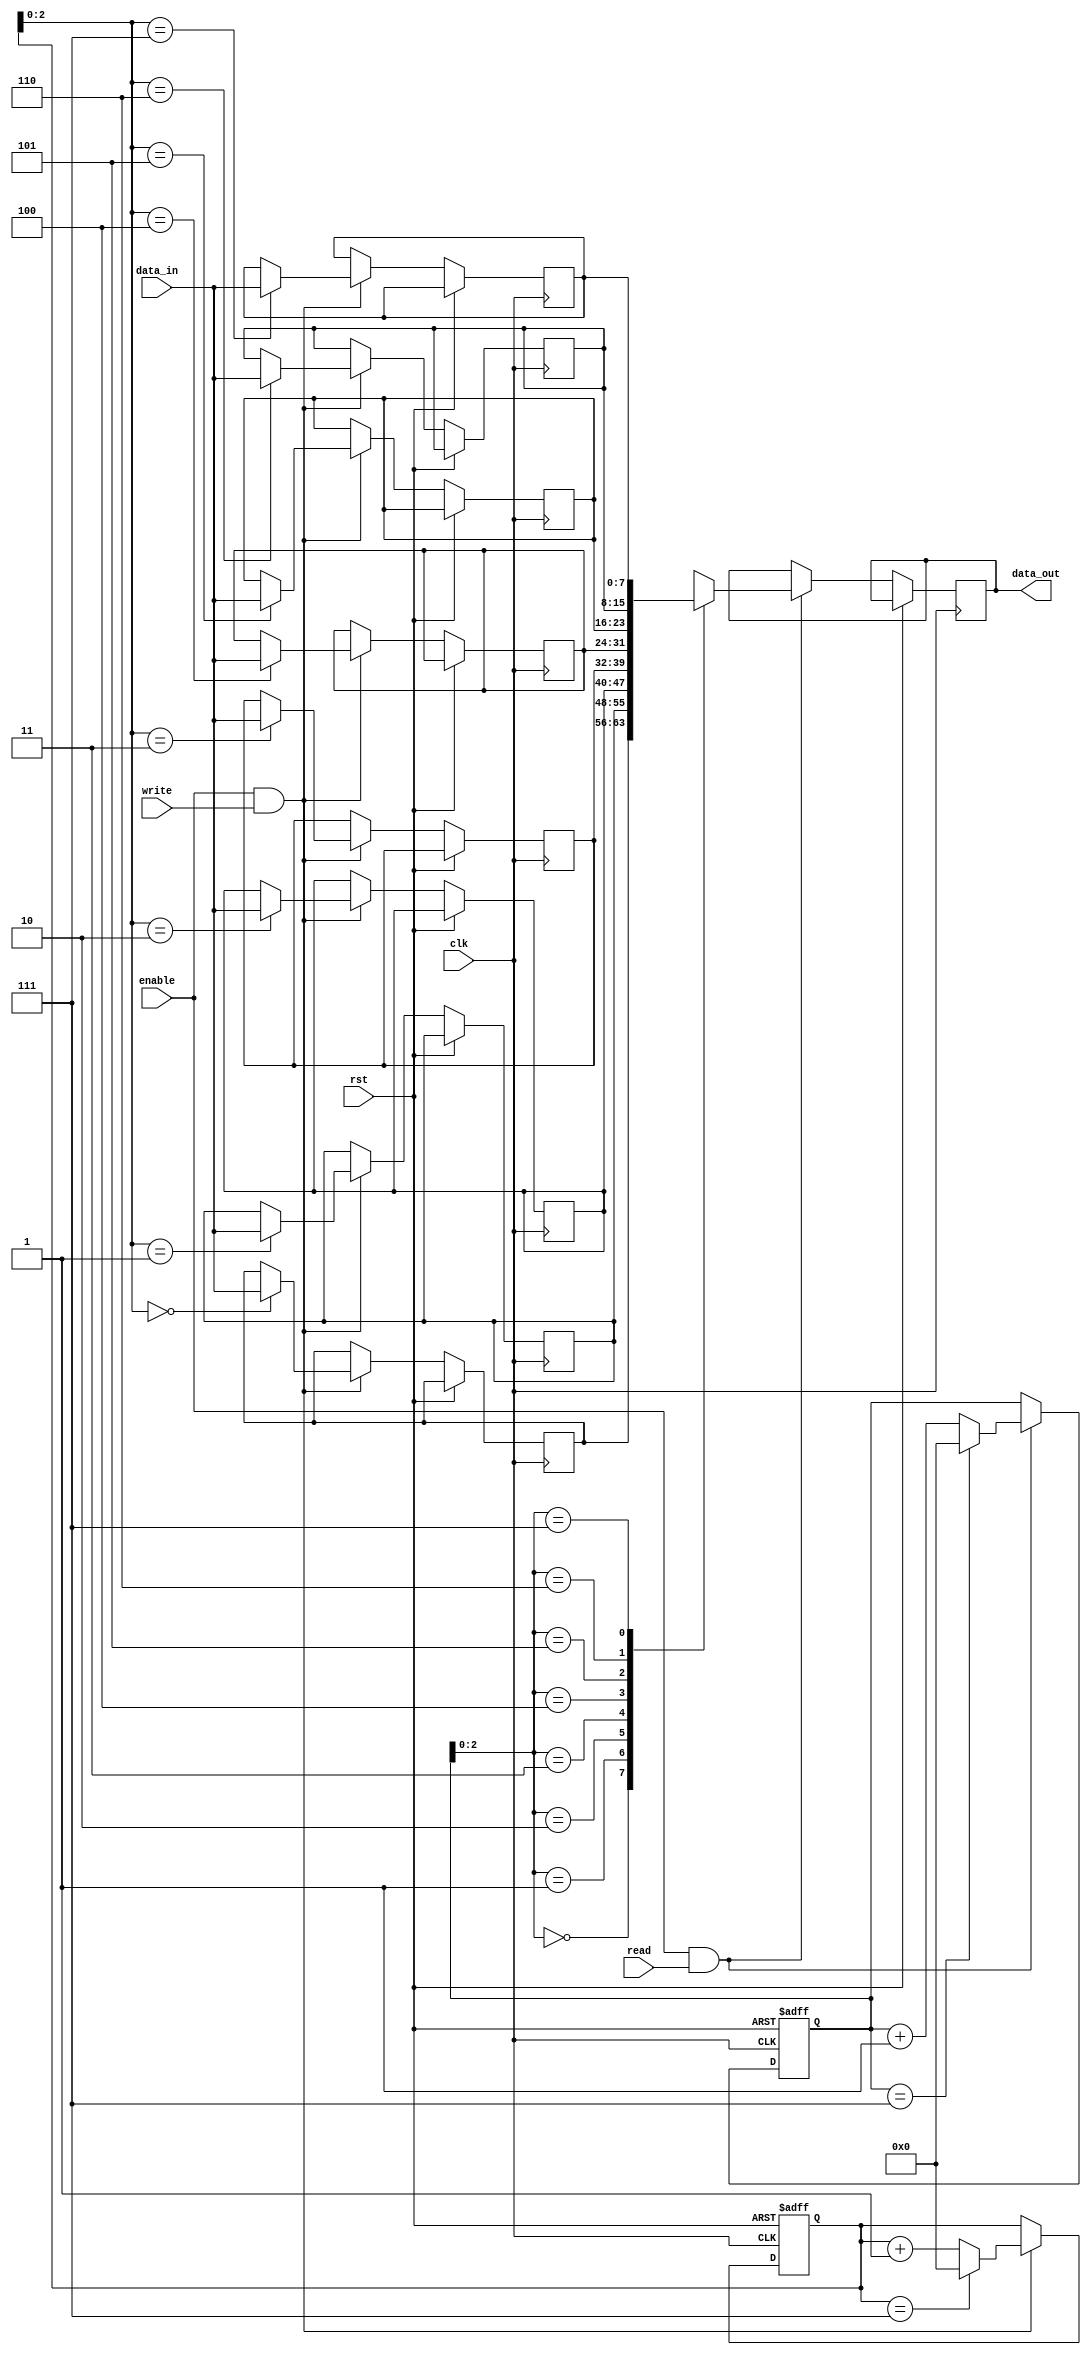
module CircularFIFO (
    input wire clk,
    input wire rst,
    input wire enable,
    input wire [DATA_WIDTH-1:0] data_in,
    input wire read,
    output reg [DATA_WIDTH-1:0] data_out,
    input wire write
);

parameter FIFO_SIZE = 8;
parameter DATA_WIDTH = 8;

reg [DATA_WIDTH-1:0] fifo [FIFO_SIZE-1:0];
reg [3:0] head;
reg [3:0] tail;

always @ (posedge clk or posedge rst) begin
    if (rst) begin
        head <= 0;
        tail <= 0;
    end else begin
        if (enable && write) begin
            fifo[tail] <= data_in;
            tail <= (tail == FIFO_SIZE-1) ? 0 : tail + 1;
        end
        if (enable && read) begin
            data_out <= fifo[head];
            head <= (head == FIFO_SIZE-1) ? 0 : head + 1;
        end
    end
end

endmodule